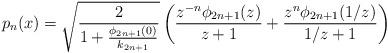
LaTeX: \begin{align*}p_n(x)=\sqrt{\frac2{1+\frac{\phi_{2n+1}(0)}{k_{2n+1}}}}\left(\frac{z^{-n}\phi_{2n+1}(z)}{z+1} + \frac{z^n\phi_{2n+1}(1/z)}{1/z+1}\right)\end{align*}